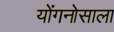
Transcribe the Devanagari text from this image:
योंगनोसाला